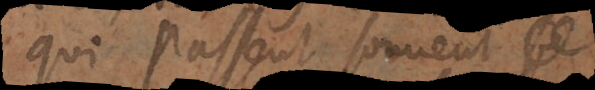
qui passent souvent